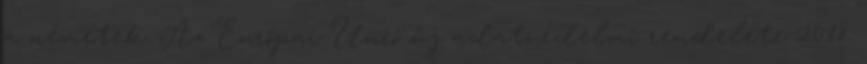
a németek. Az Európai Unió új adatvédelmi rendelete 2018.